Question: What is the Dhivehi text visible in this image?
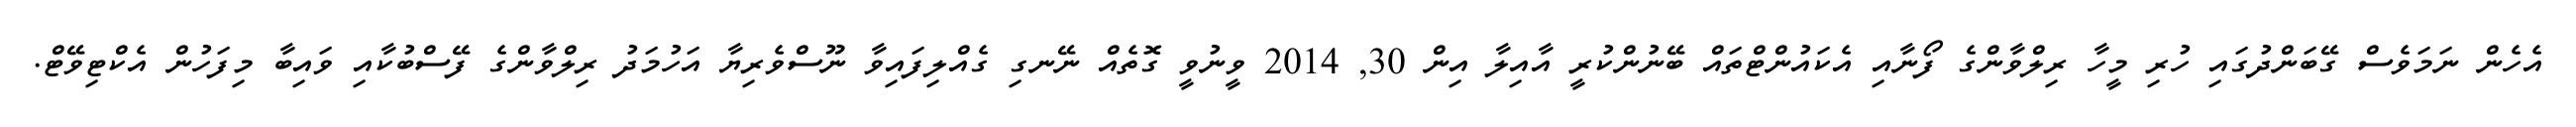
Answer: އެހެން ނަމަވެސް ގޭބަންދުގައި ހުރި މީހާ ރިލްވާންގެ ފޯނާއި އެކައުންޓްތައް ބޭނުންކުރީ އާއިލާ އިން 30, 2014 ވީނުވީ ގޮތެއް ނޭނގި ގެއްލިފައިވާ ނޫސްވެރިޔާ އަހުމަދު ރިލްވާންގެ ފޭސްބުކާއި ވައިބާ މިފަހުން އެކްޓިވޭޓް.